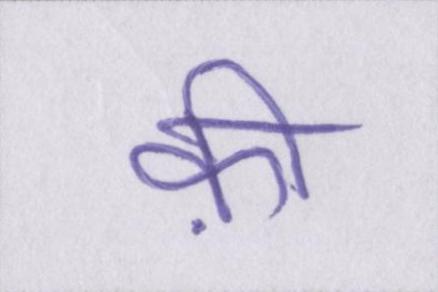
क़ी